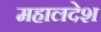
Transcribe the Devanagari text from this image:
महालदेश